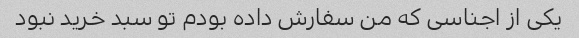
یکی از اجناسی که من سفارش داده بودم تو سبد خرید نبود